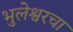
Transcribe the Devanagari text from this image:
भुलेश्वरचा